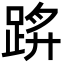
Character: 䟸